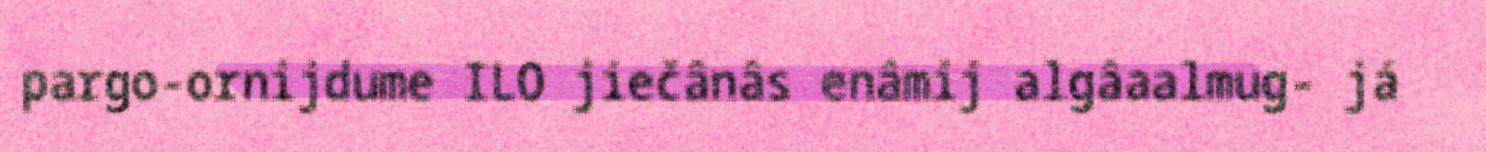
pargo-ornijdume ILO jiečânâs enâmij algâaalmug- já